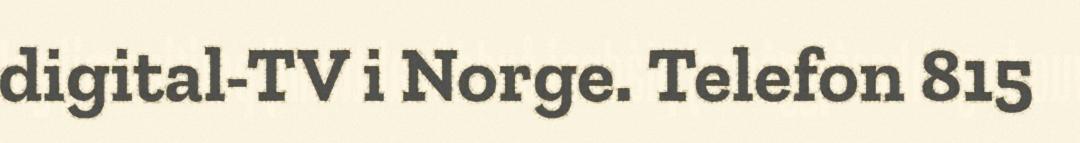
digital-TV i Norge. Telefon 815